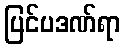
ပြင်ပဒဏ်ရာ